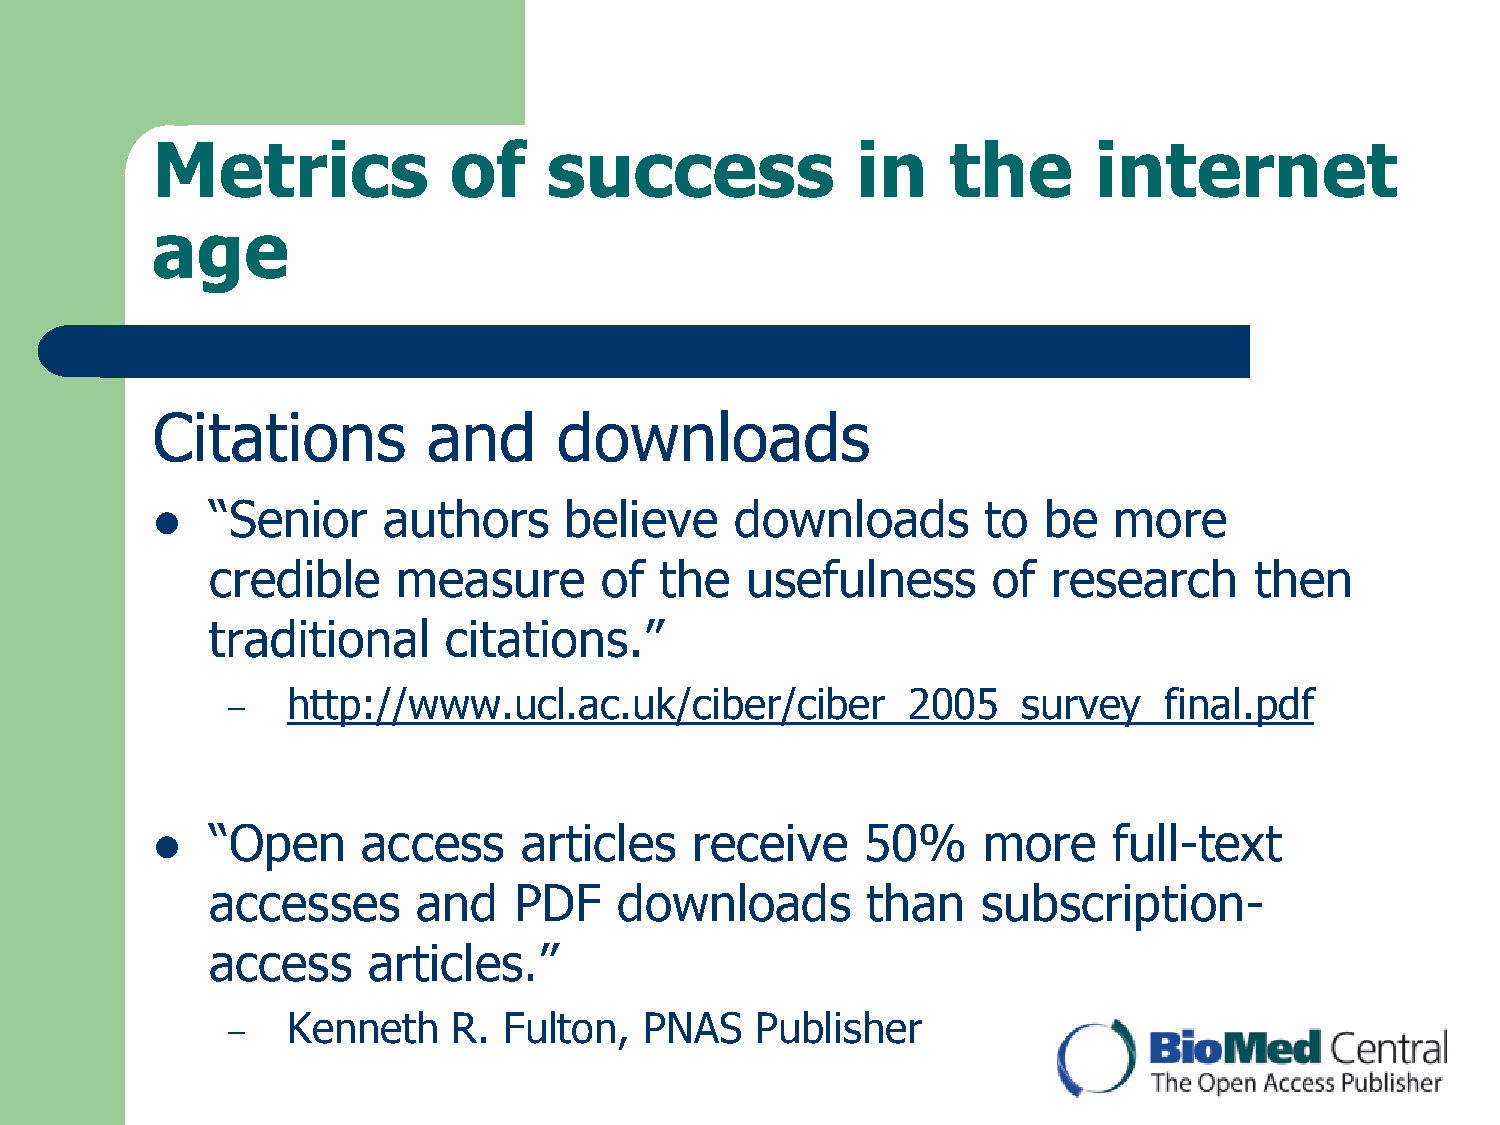
Metrics             of    success              in    the      internet
 age
 Citations         and      downloads
 “Senior    authors     believe     downloads       to  be   more
 
 credible    measure       of  the  usefulness       of  research     then
 traditional    citations.”
 http://www.ucl.ac.uk/ciber/ciber_2005_survey_final.pdf
 –
 “Open     access    articles    receive    50%     more     full-text
 
 accesses      and   PDF    downloads       than    subscription-
 access    articles.”
 Kenneth    R. Fulton,   PNAS   Publisher
 –